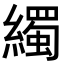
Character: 𦆂